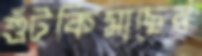
শুঁটকিমাছের